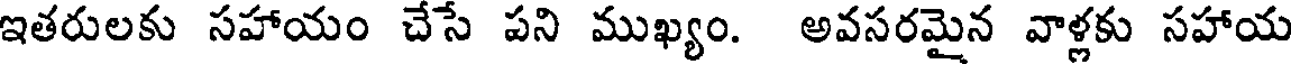
ఇతరులకు సహాయం చేసే పని ముఖ్యం. అవసరమైన వాళ్లకు సహాయ